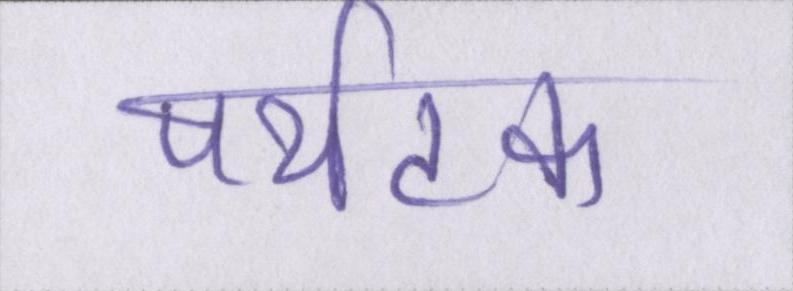
पर्यटक